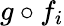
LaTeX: g\circ f_{i}